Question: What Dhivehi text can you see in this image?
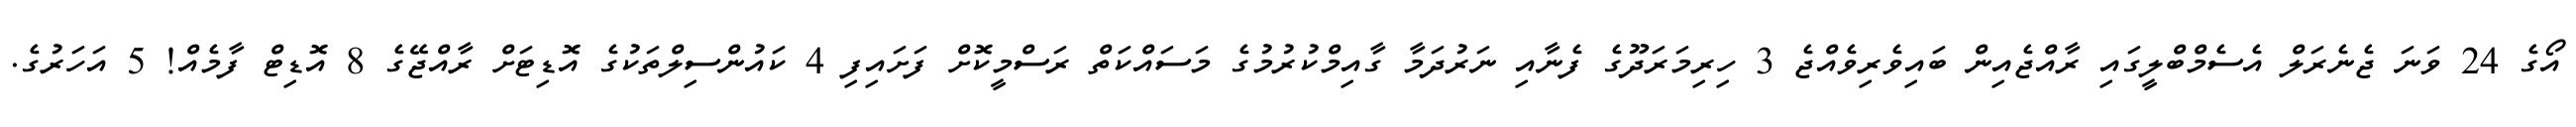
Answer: އޯގެ 24 ވަނަ ޖެނެރަލް އެސެމްބްލީގައި ރާއްޖެއިން ބައިވެރިވެއްޖެ 3 ހިރިމަރަދޫގެ ފެނާއި ނަރުދަމާ ގާއިމްކުރުމުގެ މަސައްކަތް ރަސްމީކޮށް ފަށައިފި 4 ކައުންސިލްތަކުގެ އޮޑިޓަށް ރާއްޖޭގެ 8 އޮޑިޓް ފާމެއް! 5 އަހަރުގެ.